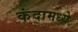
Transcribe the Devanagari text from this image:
कंदामध्ये